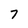
Character: 7